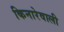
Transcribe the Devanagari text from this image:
किनारेवाली